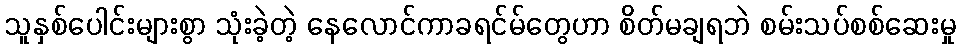
သူနှစ်ပေါင်းများစွာ သုံးခဲ့တဲ့ နေလောင်ကာခရင်မ်တွေဟာ စိတ်မချရဘဲ စမ်းသပ်စစ်ဆေးမှု